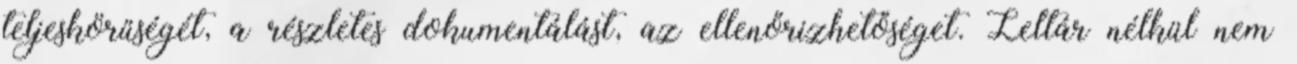
teljeskörűségét, a részletes dokumentálást, az ellenőrizhetőséget. Leltár nélkül nem